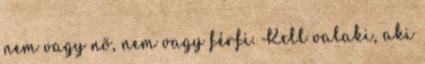
nem vagy nõ, nem vagy férfi. Kell valaki, aki